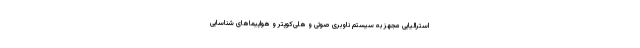
استرالیایی مجهز به سیستم ناوبری صوتی و هلی‌کوپتر و هواپیماهای شناسایی